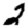
Digit: 2